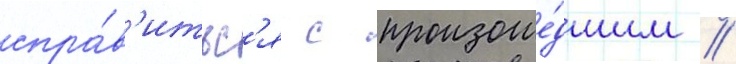
спра́в'итьс'я с произоше́дшим /